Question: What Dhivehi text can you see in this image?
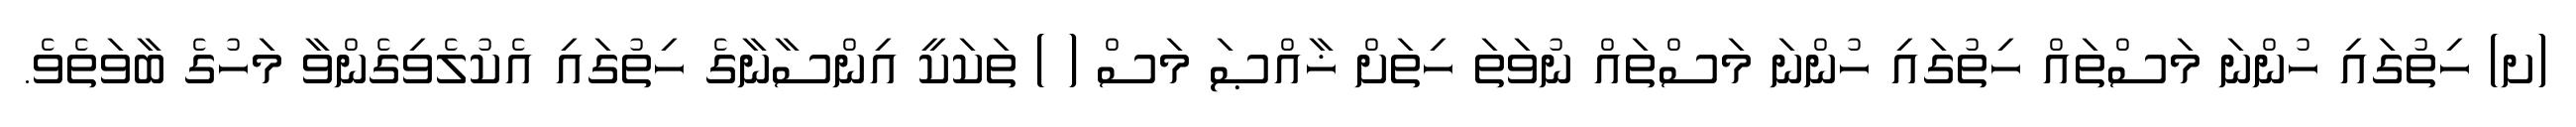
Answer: (ށ) ހިތުގައި ހުންނަ މަސްތައް ހިތުގައި ހުންނަ މަސްތައް ނުވަތަ ހިތަށް ޚާއްޞަ މަސް ( ) ތަކަކީ އިންސާނާގެ ހިތުގައި އެކުލެވިގެންވާ މަހުގެ ބާވަތެވެ.